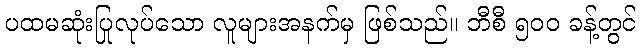
ပထမဆုံးပြုလုပ်သော လူများအနက်မှ ဖြစ်သည်။ ဘီစီ ၅၀၀ ခန့်တွင်